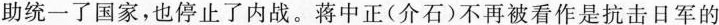
助统一了国家，也停止了内战。蒋中正(介石)不再被看作是抗击日军的